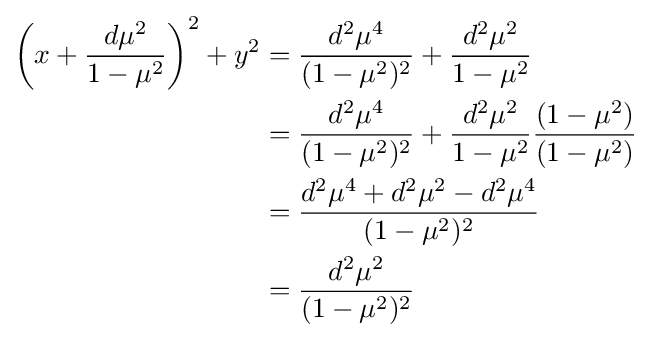
{\begin{aligned}\left(x+{\frac {d\mu ^{2}}{1-\mu ^{2}}}\right)^{2}+y^{2}&={\frac {d^{2}\mu ^{4}}{(1-\mu ^{2})^{2}}}+{\frac {d^{2}\mu ^{2}}{1-\mu ^{2}}}\\&={\frac {d^{2}\mu ^{4}}{(1-\mu ^{2})^{2}}}+{\frac {d^{2}\mu ^{2}}{1-\mu ^{2}}}{\frac {(1-\mu ^{2})}{(1-\mu ^{2})}}\\&={\frac {d^{2}\mu ^{4}+d^{2}\mu ^{2}-d^{2}\mu ^{4}}{(1-\mu ^{2})^{2}}}\\&={\frac {d^{2}\mu ^{2}}{(1-\mu ^{2})^{2}}}\end{aligned}}